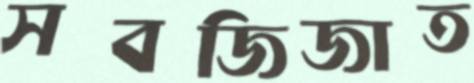
সবজিজাত